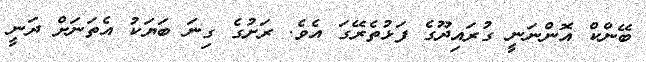
ބޭންކް އޮންނަނީ ގުރައިދޫގެ ފަޅުތެރޭގަ އެވެ. ރަށުގެ ގިނަ ބަޔަކު އެތަނަށް ދަނީ